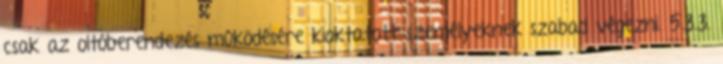
csak az oltóberendezés mûködésére kioktatott személyeknek szabad végezni. 5.3.3.